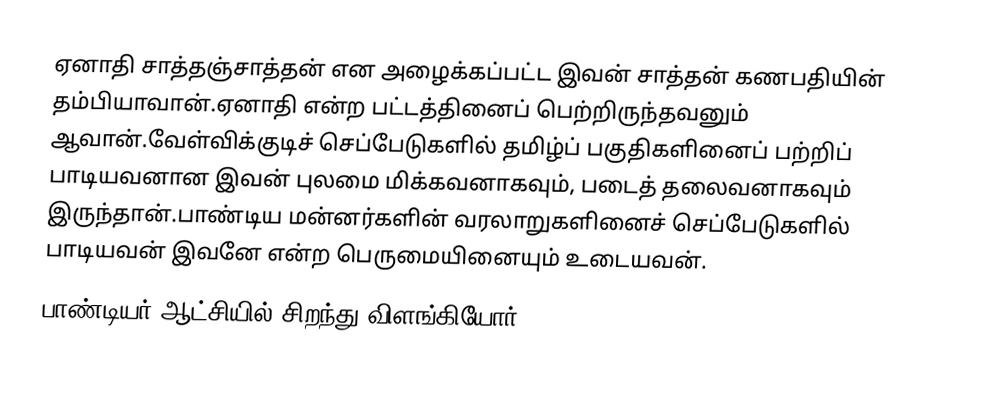
ஏனாதி சாத்தஞ்சாத்தன் என அழைக்கப்பட்ட இவன் சாத்தன் கணபதியின் தம்பியாவான்.ஏனாதி என்ற பட்டத்தினைப் பெற்றிருந்தவனும் ஆவான்.வேள்விக்குடிச் செப்பேடுகளில் தமிழ்ப் பகுதிகளினைப் பற்றிப் பாடியவனான இவன் புலமை மிக்கவனாகவும், படைத் தலைவனாகவும் இருந்தான்.பாண்டிய மன்னர்களின் வரலாறுகளினைச் செப்பேடுகளில் பாடியவன் இவனே என்ற பெருமையினையும் உடையவன்.
பாண்டியர் ஆட்சியில் சிறந்து விளங்கியோர்